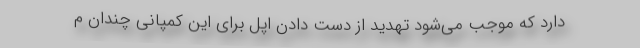
دارد که موجب می‌شود تهدید از دست دادن اپل برای این کمپانی چندان م